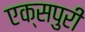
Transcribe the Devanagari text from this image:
एक्‍सपुरी